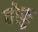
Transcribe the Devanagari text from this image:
तोफ़ू